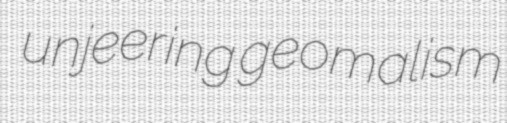
unjeering geomalism